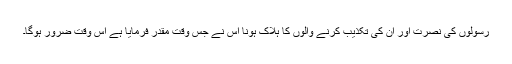
رسولوں کی نصرت اور ان کی تکذیب کرنے والوں کا ہلاک ہونا اس نے جس وقت مقدر فرمایا ہے اس وقت ضرور ہوگا۔